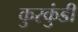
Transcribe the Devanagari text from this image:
कुरकुंडी